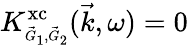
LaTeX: K_{\scriptscriptstyle\vec{G}_{1},\vec{G}_{2}}^{\mathrm{xc}}(\vec{k},\omega)=0